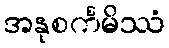
အနုစင်္ကမိဿံ